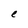
Character: e